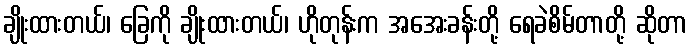
ချိုးထားတယ်၊ ခြေကို ချိုးထားတယ်၊ ဟိုတုန်းက အအေးခန်းတို့ ရေခဲစိမ်တာတို့ ဆိုတာ